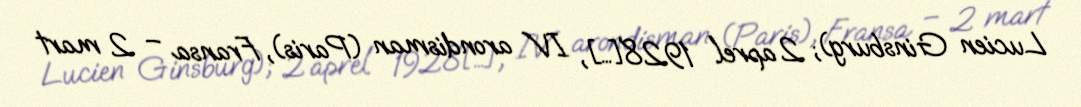
Lucien Ginsburg); 2 aprel 1928[…], IV arondisman (Paris), Fransa – 2 mart